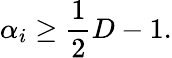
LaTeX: \alpha_{i}\geq\frac{1}{2}D-1.